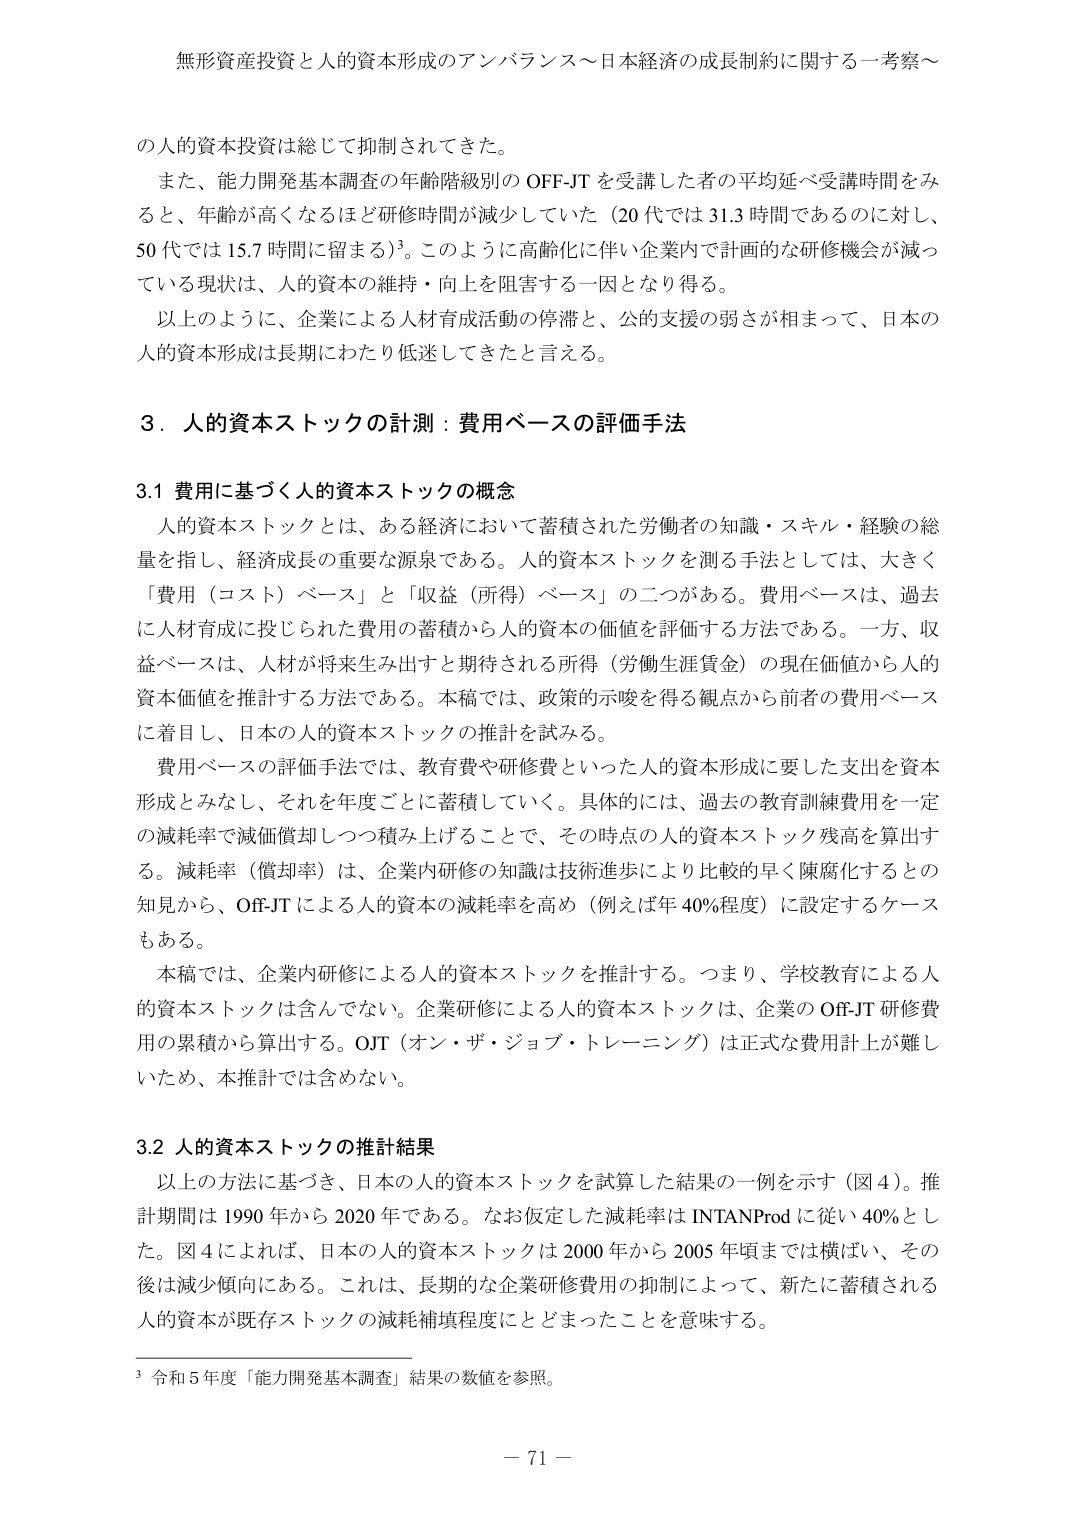
無形資産投資と人的資本形成のアンバランス～日本経済の成長制約に関する一考察～

の人的資本投資は総じて抑制されてきた。
また、能力開発基本調査の年齢階級別の OFF-JT を受講した者の平均延べ受講時間をみると、年齢が高くなるほど研修時間が減少していた（20代では31.3時間であるのに対し、50代では15.7時間に留まる）³。このように高齢化に伴い企業内で計画的な研修機会が減っている現状は、人的資本の維持・向上を阻害する一因となり得る。
以上のように、企業による人材育成活動の停滞と、公的支援の弱さが相まって、日本の人的資本形成は長期にわたり低迷してきたと言える。

3．人的資本ストックの計測：費用ベースの評価手法

3.1 費用に基づく人的資本ストックの概念
人的資本ストックとは、ある経済において蓄積された労働者の知識・スキル・経験の総量を指し、経済成長の重要な源泉である。人的資本ストックを測る手法としては、大きく「費用（コスト）ベース」と「収益（所得）ベース」の二つがある。費用ベースは、過去に人材育成に投じられた費用の蓄積から人的資本の価値を評価する方法である。一方、収益ベースは、人材が将来生み出すと期待される所得（労働生涯賃金）の現在価値から人的資本価値を推計する方法である。本稿では、政策的示唆を得る観点から前者の費用ベースに着目し、日本の人的資本ストックの推計を試みる。
費用ベースの評価手法では、教育費や研修費といった人的資本形成に要した支出を資本形成とみなし、それを年度ごとに蓄積していく。具体的には、過去の教育訓練費用を一定の減耗率で減価償却しつつ積み上げることで、その時点の人的資本ストック残高を算出する。減耗率（償却率）は、企業内研修の知識は技術進歩により比較的早く陳腐化するとの知見から、OFF-JT による人的資本の減耗率を高め（例えば年40％程度）に設定するケースもある。
本稿では、企業内研修による人的資本ストックを推計する。つまり、学校教育による人的資本ストックは含んでない。企業研修による人的資本ストックは、企業の OFF-JT 研修費用の累積から算出する。OJT（オン・ザ・ジョブ・トレーニング）は正式な費用計上が難しいため、本推計では含めない。

3.2 人的資本ストックの推計結果
以上的方法に基づき、日本の人的資本ストックを試算した結果の一例を示す（図4）。推計期間は1990年から2020年である。なお仮定した減耗率はINTANProdに従い40％とした。図4によれば、日本の人的資本ストックは2000年から2005年頃までは横ばい、その後は減少傾向にある。これは、長期的な企業研修費用の抑制によって、新たに蓄積される人的資本が既存ストックの減耗補填程度にとどまったことを意味する。

³ 令和5年度「能力開発基本調査」結果の数値を参照。

－ 71 －